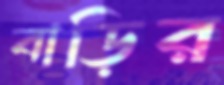
বাড়ির